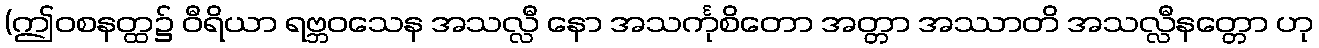
(ဤဝစနတ္ထ၌ ဝီရိယာ ရဗ္ဘဝသေန အသလ္လီ နော အသင်္ကုစိတော အတ္တာ အဿာတိ အသလ္လီနတ္တော ဟု